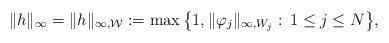
LaTeX: \begin{align*}\|h\|_\infty=\|h\|_{\infty,\mathcal W}:=\max\big\{1,\|\varphi_j\|_{\infty,W_j}:\,1\leq j\leq N\big\},\end{align*}